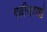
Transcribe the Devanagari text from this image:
गढीसारखे